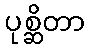
ပုစ္ဆိတာ